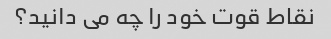
نقاط قوت خود را چه می دانید؟